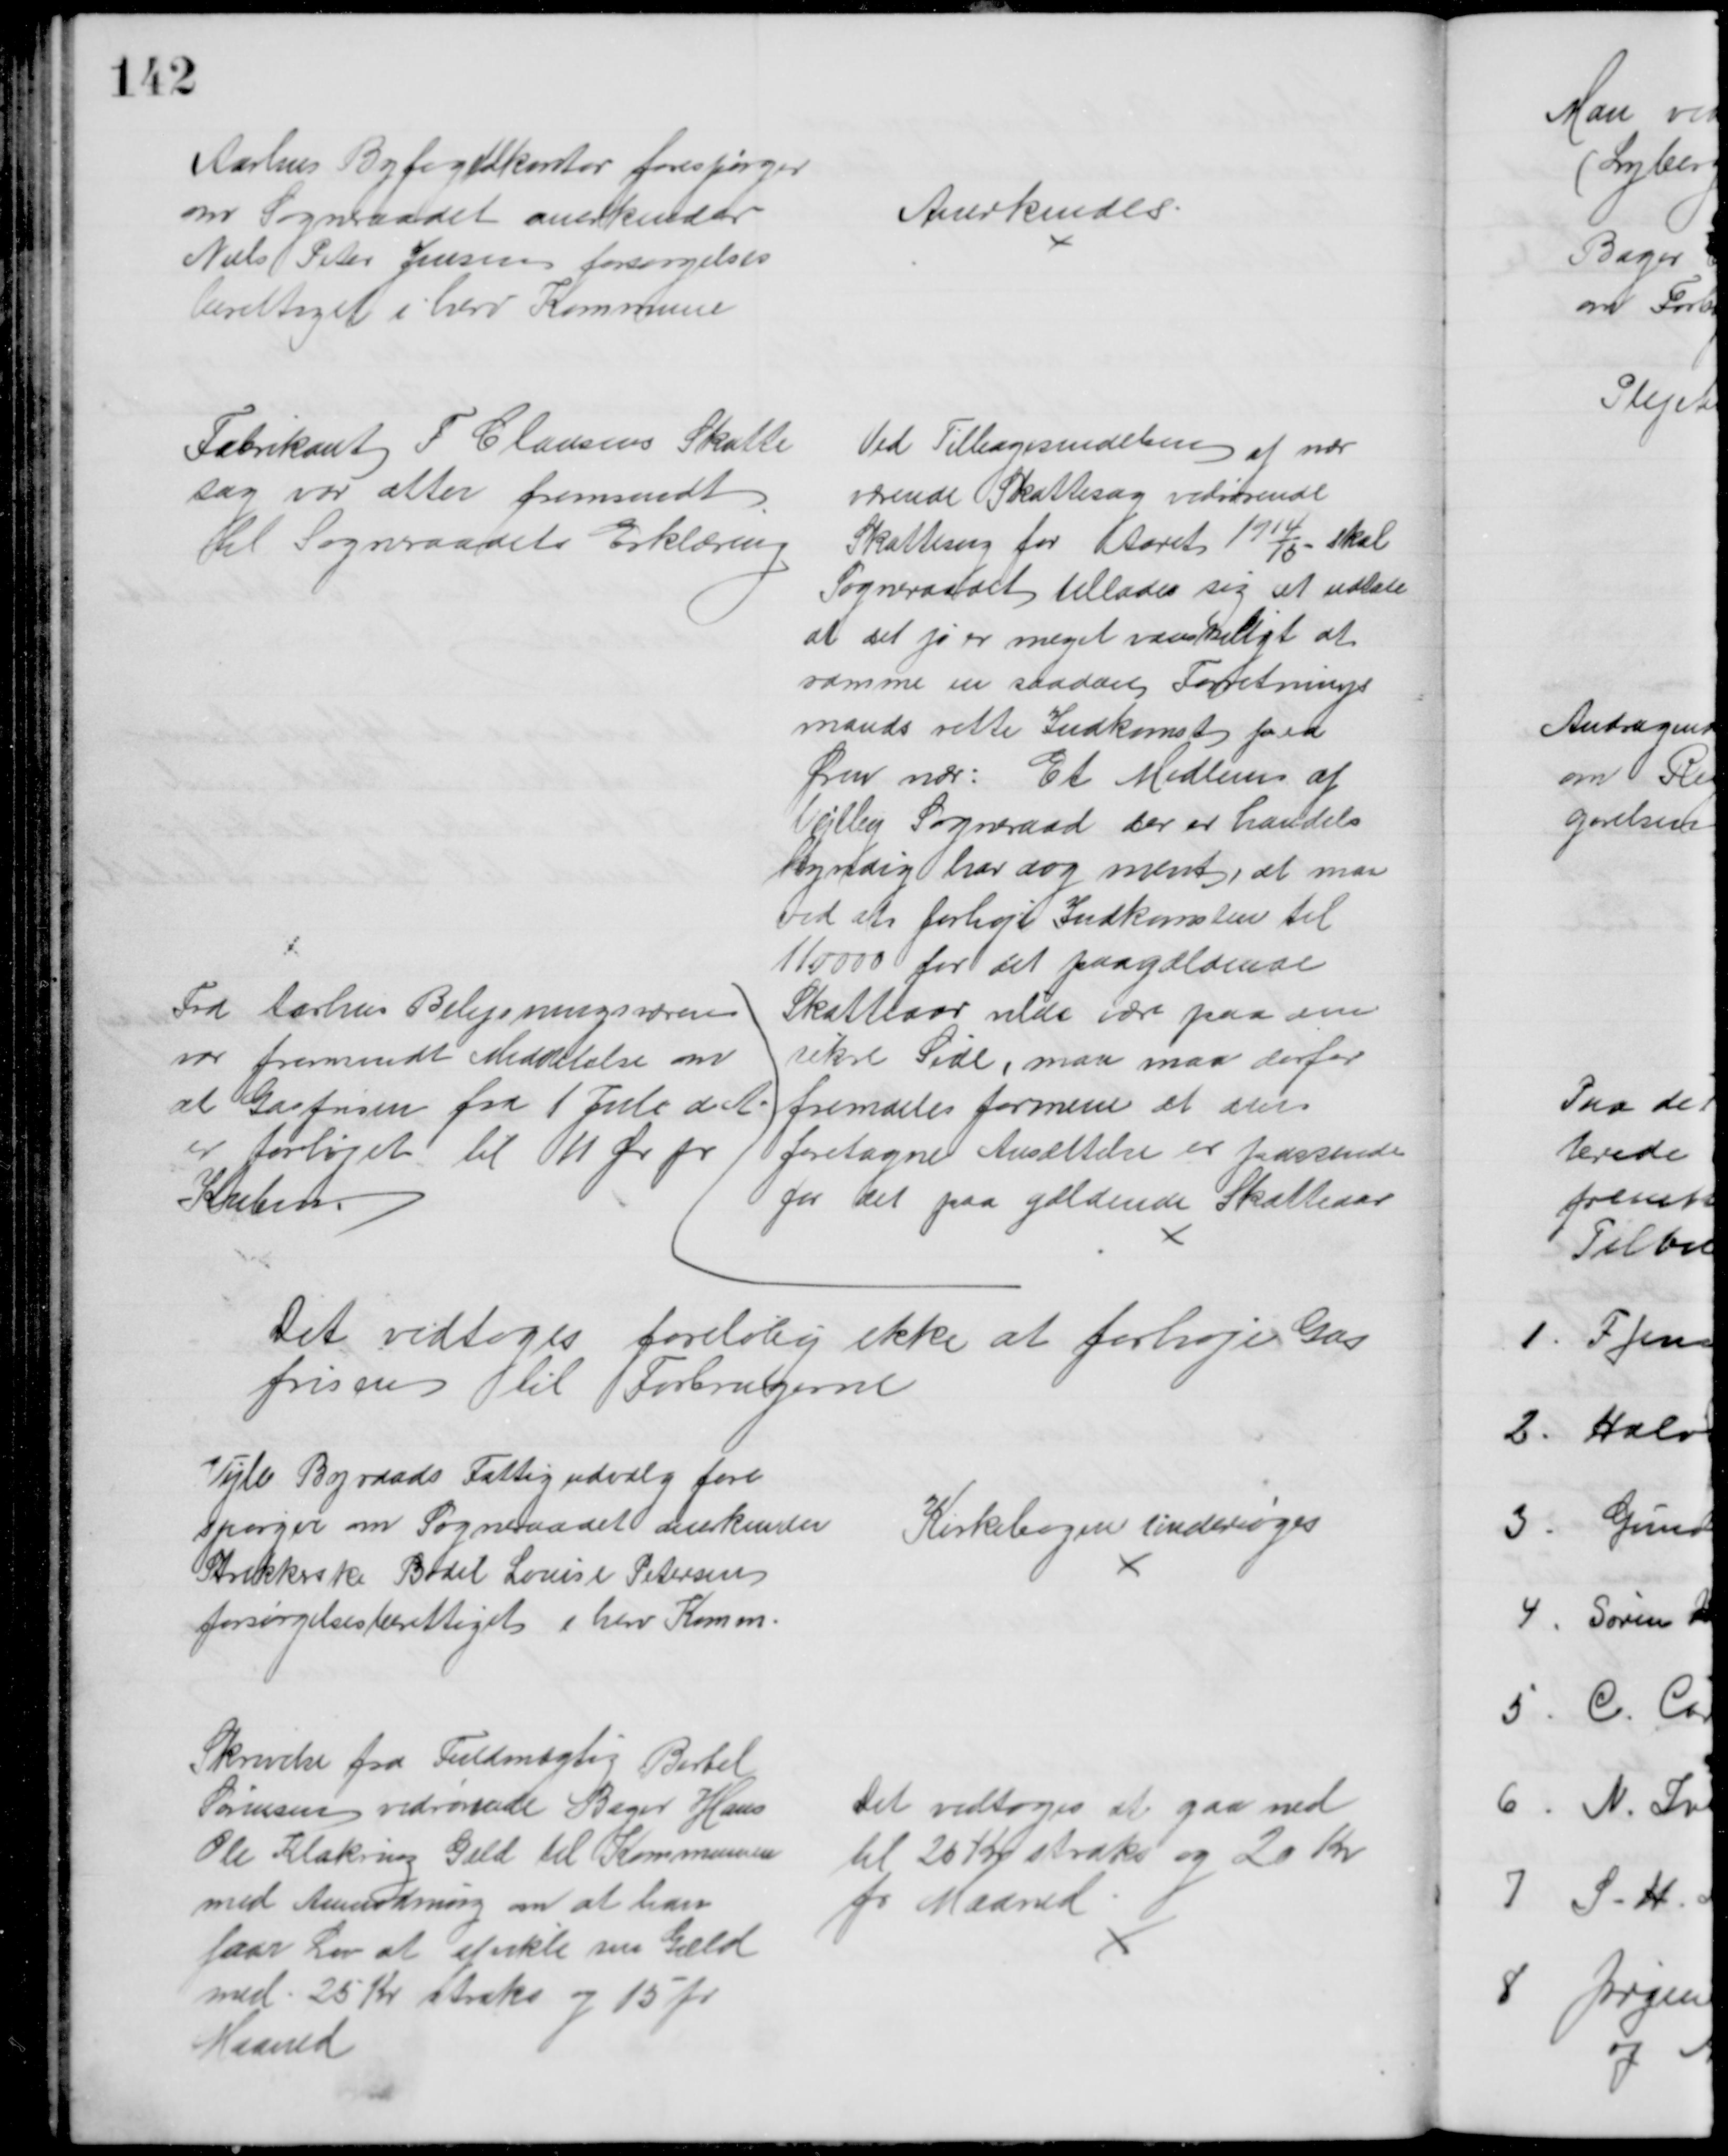
Transskription:
Aarhus Byfogedkontor forespørger
om Sogneraadet anerkender
Niels Peter Jensen forsørgelses
berettiget i herv Kommune
Anerkendes
Fabrikant F Clausens Skatte
sag var atter fremsendt
til Sogneraadets Erklæring
Ved Tilbagesendelsen af nær
værende Skattesag vedrørende
Skattering for Aaret 1914/15 skal
Sogneraadet tillades sig at udtale
at det jo er meget vanskeligt at 
ramme en saadan Forretnings
mands rette Indkomst paa
Øren nær: Et Medlem af
Vejlby Sogneraad der er handels
kyndig har dog ment, at man
ved at forhøje Indkomsten til
110000 for det paagældende
Skatteaar vilde være paa den
sikre Side, man maa derfor
fremdeles formene at den
foretagne Ansættelse er passende
for det paa gældende Skatteaar
Fra Aarhus Belysningsvæsen
var fremsendt Meddelelse om
at Gasprisen fra 1 Juli d. A
er forhøjet til 11 Øre pr
Kubm.
Det vedtoges foreløbig ikke at forhøje Gas
prisen til Forbrugerne
Vejle Byraads Fattigudvalg fore
spørger om Sogneraadet anerkender
Strikkerske Bodil Louise Petersen
forsørgelsesberettiget i herv Komm.
Kirkebogen undersøges
Skrivelse fra Fuldmægtig Bertel
Sørensen vedrørende Bager Hans
Ole Klakring Gæld til Kommunen
med Anmodning om at han
faar Lov at afvikle sin Gæld
med 25 Kr straks og 15 pr
Maaned
Det vedtoges at gaa ned
til 20 Kr straks og 20 Kr
pr Maaned